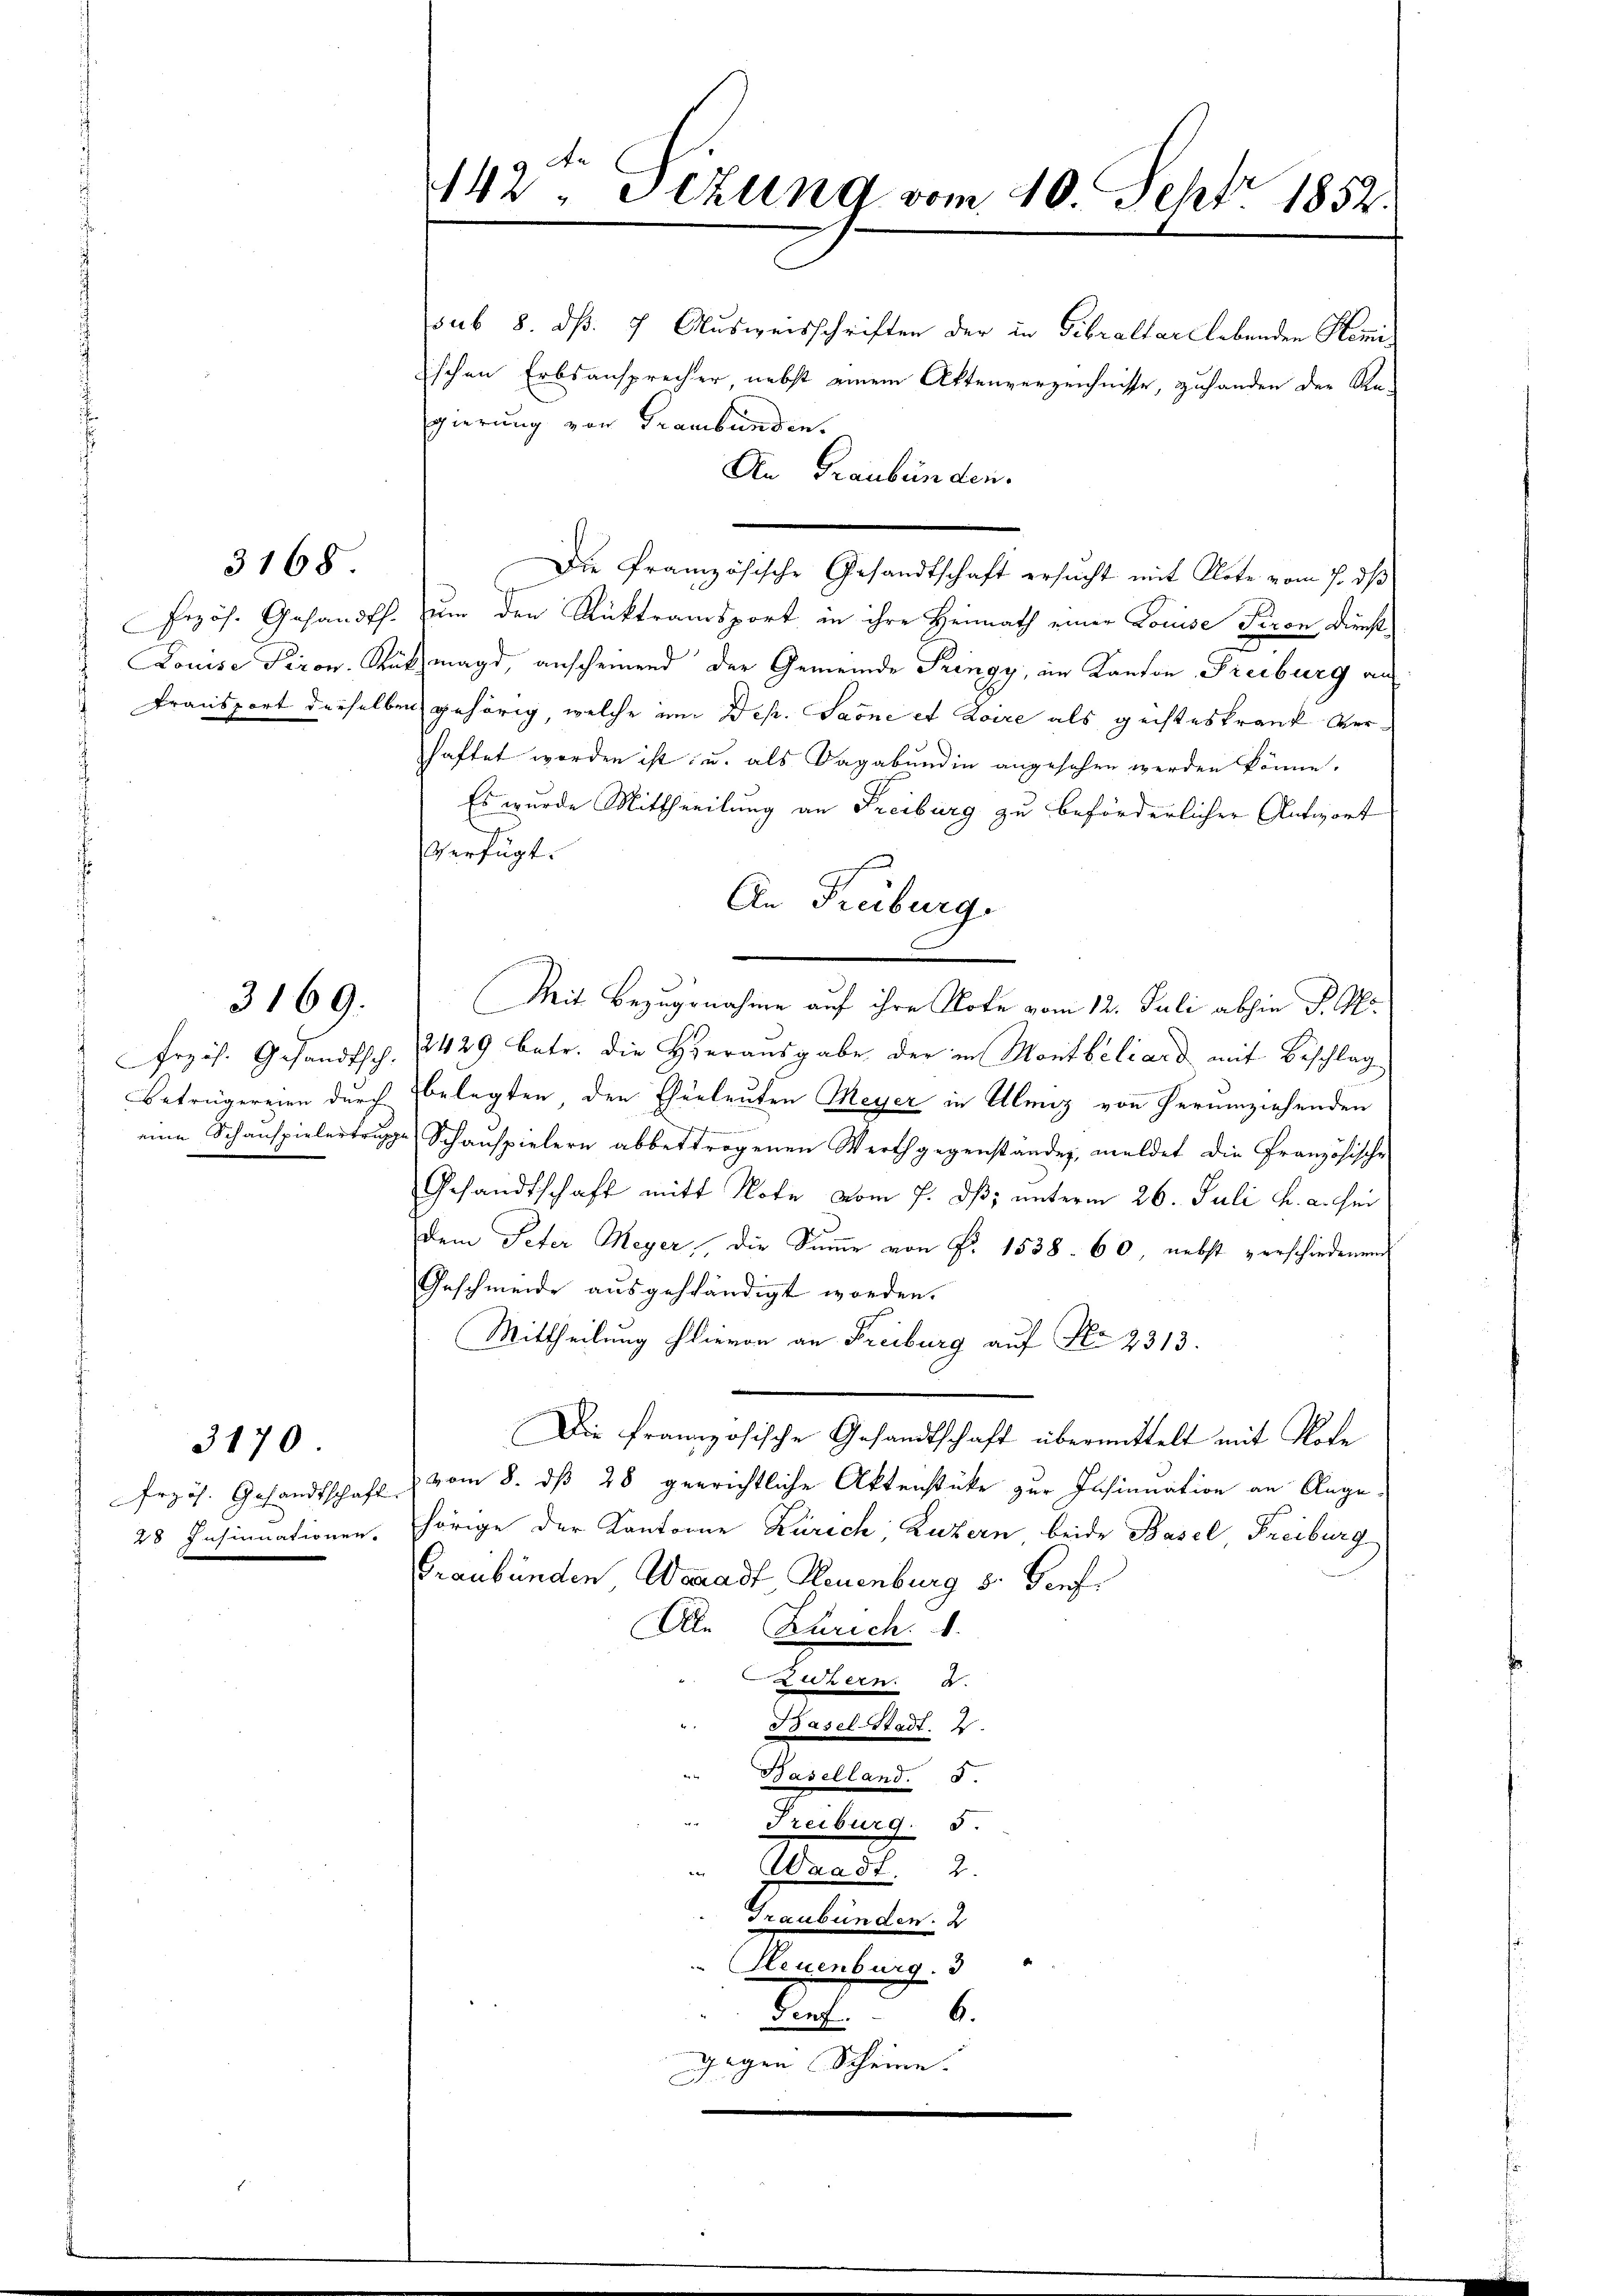
3168.

d

3170.

3169.

23 Insinuationen.

sub 8. dß. 7. Ausweisschriften der in Gebraltar lebenden Komi
ischen Erbsansprecher, nebst einem Aktenverzeichnisse, zufanden der Re-
gierung von Graubünden.
An Graubünden.
Przös. Gesandts. um den Rücktransport in ihre Heimath einer Louise Tiron Dienst¬
2
Louise Piron. Rützmagd, anscheinend der Gemeinde Pringy, im Kanton Freiburg an
Fransport derselben gehörig, welche im Dep. Sarne et Loire als geisteskrank verhaftet worden ist, u. als Sagabundin angesehen werden könne.
Es wurde Mittheilung an Freiburg zu beförderlicher Antwort
Verfügt.
Mit Bezugnahme auf ihre Note vom 12. Juli abhin P. M.
Frzös. Gesandtsch. 2429 betr. die Hierausgabe der in Montbiliard mit Beschlag
Beträgereien durch belegten den Eherleuten Meyer in Ulenz von herumziehenden
eine Schauspielertrage Schauspielern abbettrogenen Werth gegenstände, meldet die Französische
Gesandtschaft mitt Note vom 7. dß; unterm 26. Juli h. a. hei
dem Peter Meyer, die Summe von P. 1538. 60, nebst verschiedenen
Geschmeide ausgeständigt worden.
Mittheilung hievon an Freiburg auf No 2313.
Die französische Gesandtschaft übermittelt mit Note
Przös. Gesandtschaft vom 8. dß 28 geerichtliche Aktenstüke zur Insinuation an Angehörige der Kantonne Zürich Luzern beide Basel, Freiburg
Graubünden Waadt Neuenburg s. Genf
Ale Zürich. 1.
Luzern. F.
Basel-Stadt. 2.
Baselland. 5.
Treiburg. 5.
" Waadt 2.
Graubünden. 2
 Neuenburg. 3
Den 6.
gegen Scheine.

142, Sizung vom 10. Sept. 1852.

An Freiburg,

Die französische Gesandtschaft ersucht mit Klote vom 7. ds